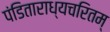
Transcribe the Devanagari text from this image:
पंडिताराध्यचरितम्